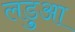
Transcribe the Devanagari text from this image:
लड़ुआ